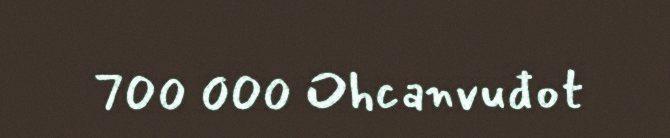
700 000 Ohcanvuđot